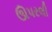
ઊપરલી